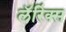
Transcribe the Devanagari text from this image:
लॅरिंक्स